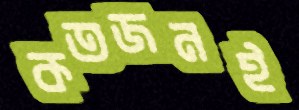
কতজনই